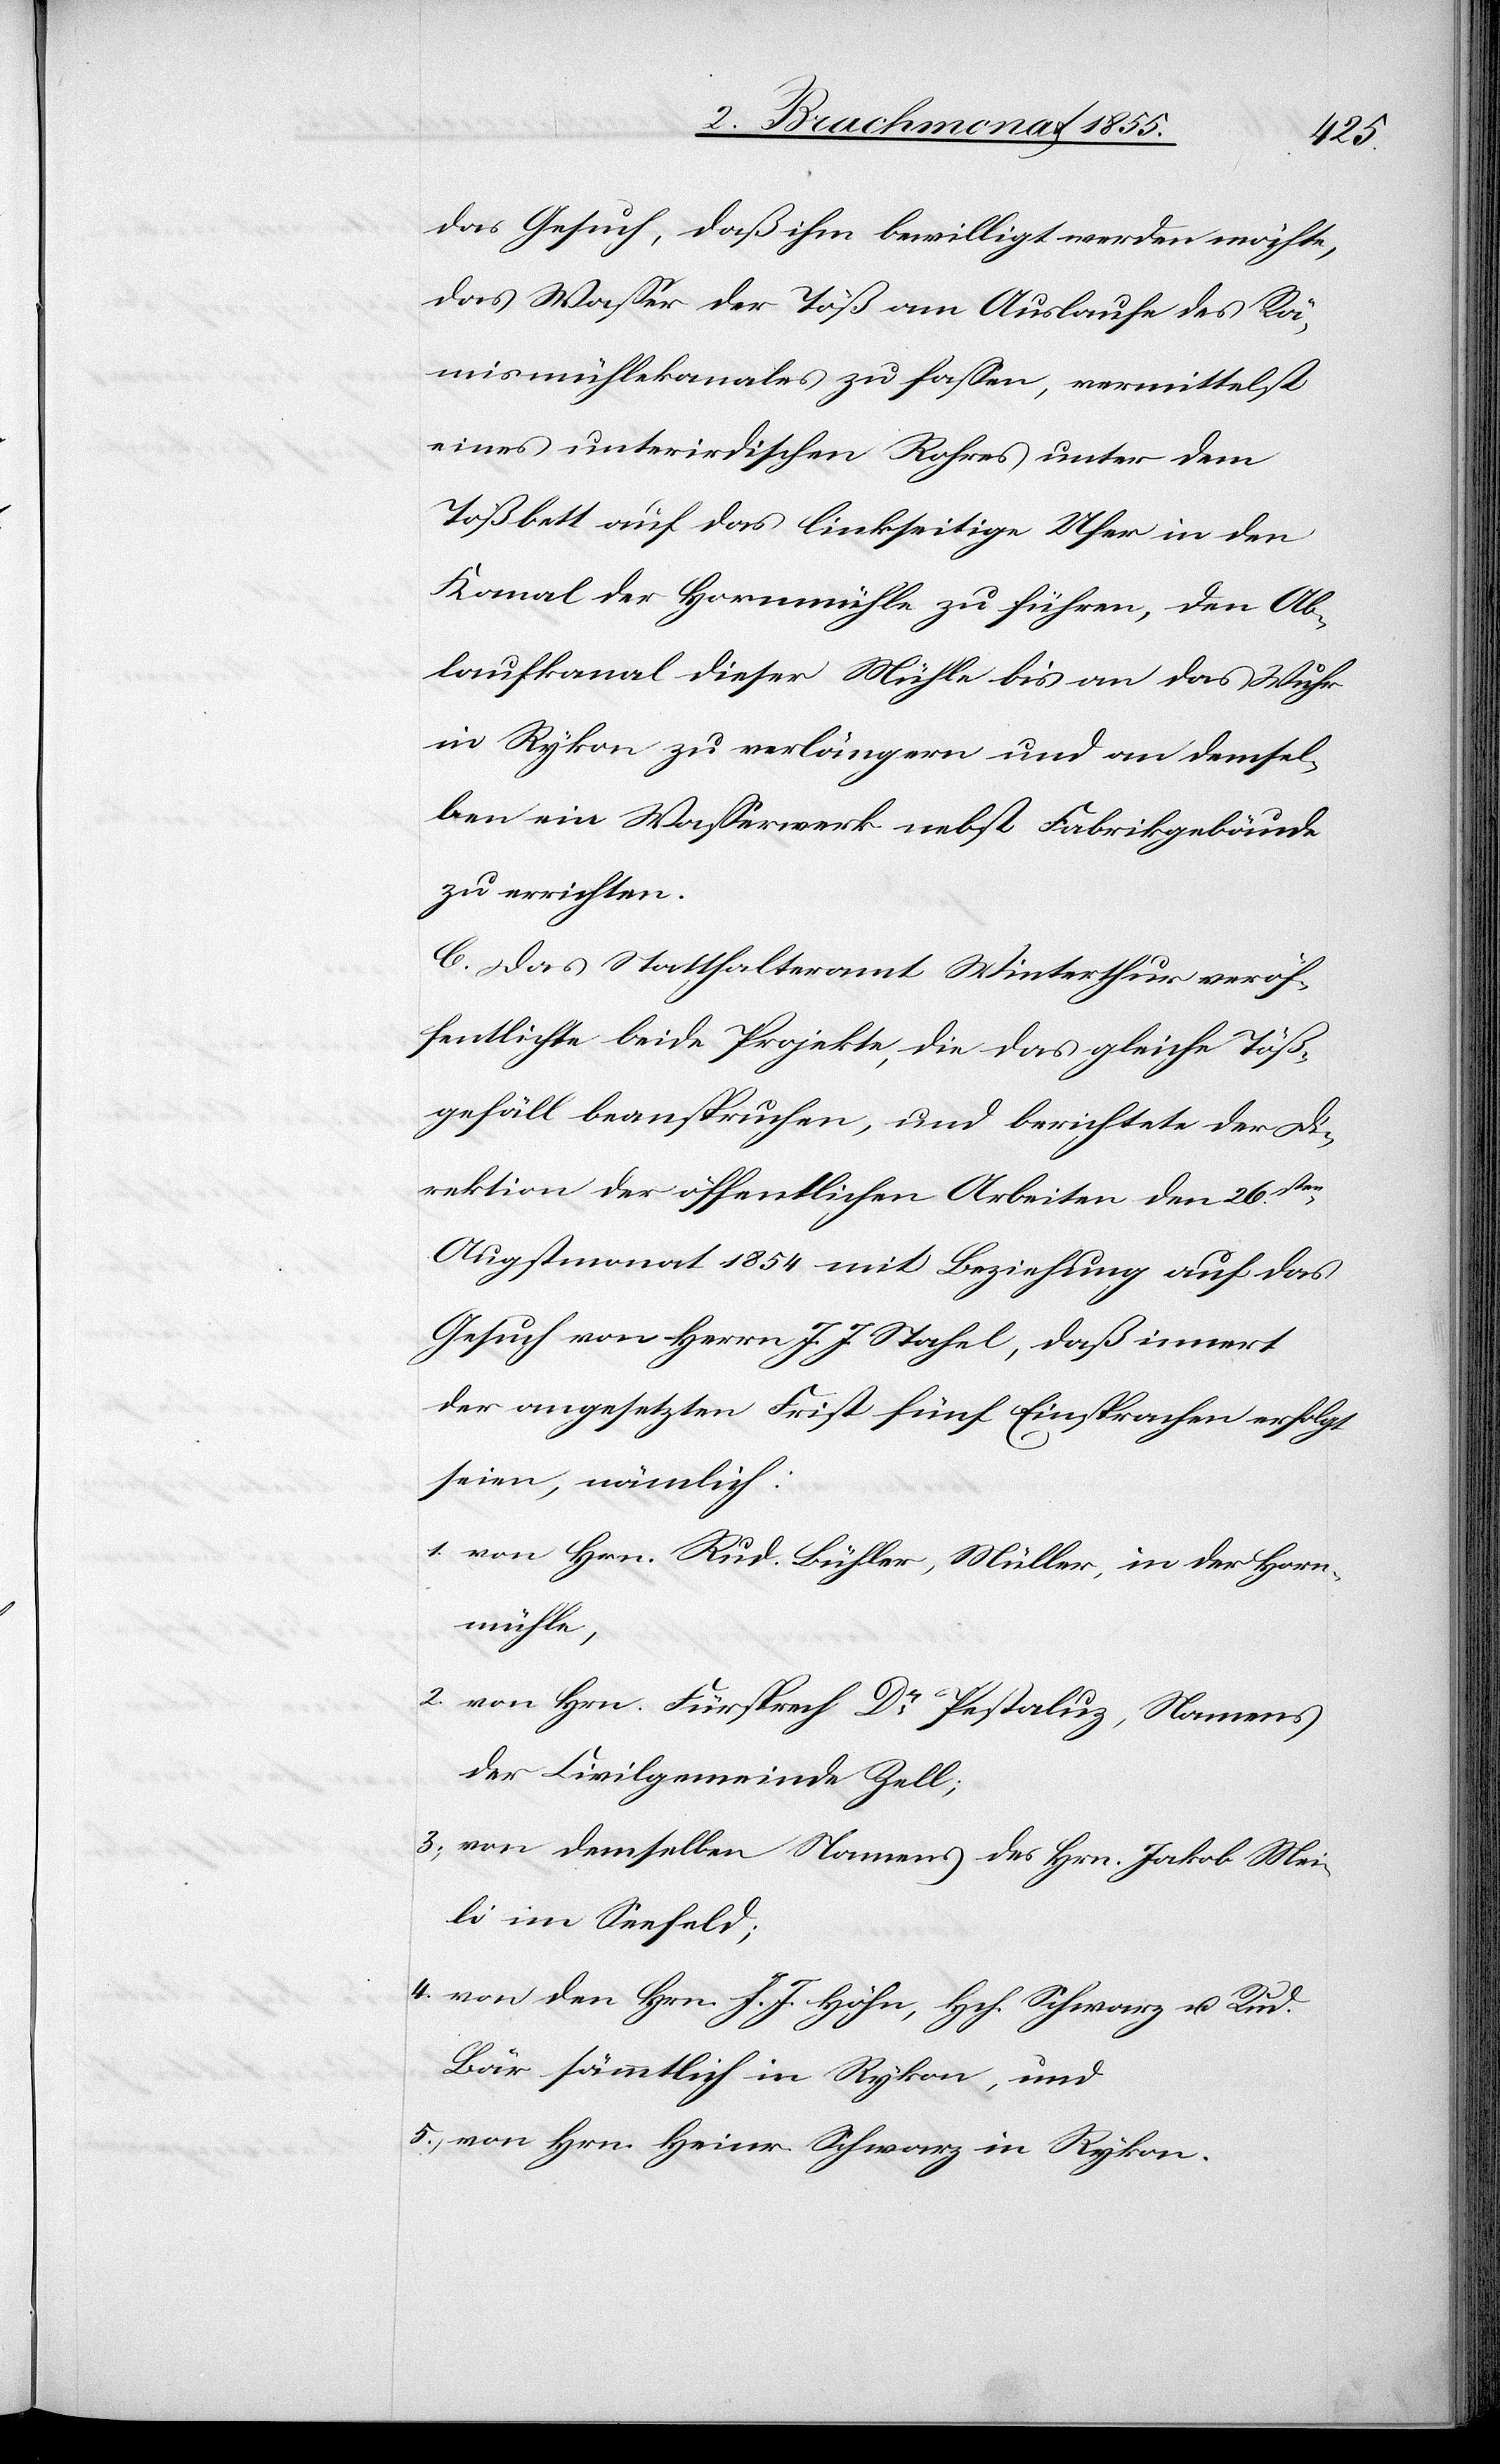
das Gesuch, daß ihm bewilligt werden möchte,
das Wasser der Töß am Auslaufe des Rämi¬
smühlekanales zu fassen, vermittelst
eines unterirdischen Rohres unter dem
Tößbett auf das linkseitige Ufer in den
Kanal der Hornmühle zu führen, den Ab¬
laufkanal dieser Mühle bis an das Wuhr
in Rykon zu verlängern und an demsel¬
ben ein Wasserwerk nebst Fabrikgebäude
zu errichten.
C. Das Statthalteramt Winterthur veröf¬
fentlichte beide Projekte, die das gleiche Töß¬
gefäll beanspruchen, und berichtete der Di¬
rektion der öffentlichen Arbeiten den 26sten.
Augstmonat 1854 mit Beziehung auf das
Gesuch von Herrn J. J. Stahel, daß innert
der angesetzten Frist fünf Einsprachen erfolgt
seien, nämlich:
von Hrn. Rud. Bühler, Müller, in der Horn¬
mühle,
von Hrn. Fürsprech Dr Pestaluz, Namens
der Civilgemeinde Zell;
von demselben Namens des Hrn. Jakob Mei¬
li im Seefeld;
von den Hrn. J. J. Höhn, Hch. Schwarz u. Rud.
Bär sämmtlich in Rykon, und
von Hrn. Heinr. Schwarz in Rykon.